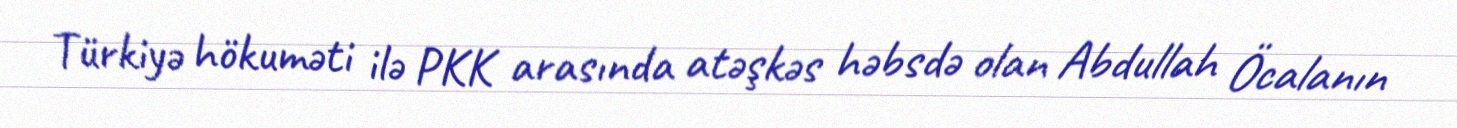
Türkiyə hökuməti ilə PKK arasında atəşkəs həbsdə olan Abdullah Öcalanın